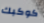
كوكبك